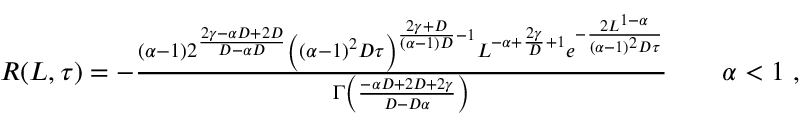
\begin{array} { r } { R ( L , \tau ) = - \frac { ( \alpha - 1 ) 2 ^ { \frac { 2 \gamma - \alpha D + 2 D } { D - \alpha D } } \left( ( \alpha - 1 ) ^ { 2 } D \tau \right) ^ { \frac { 2 \gamma + D } { ( \alpha - 1 ) D } - 1 } L ^ { - \alpha + \frac { 2 \gamma } { D } + 1 } e ^ { - \frac { 2 L ^ { 1 - \alpha } } { ( \alpha - 1 ) ^ { 2 } D \tau } } } { \Gamma \left( \frac { - \alpha D + 2 D + 2 \gamma } { D - D \alpha } \right) } \qquad \alpha < 1 \ , } \end{array}